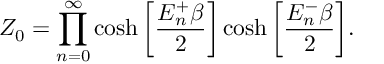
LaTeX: Z _ { 0 } = \prod _ { n = 0 } ^ { \infty } \cosh \bigg [ \frac { E _ { n } ^ { + } \beta } { 2 } \bigg ] \cosh \bigg [ \frac { E _ { n } ^ { - } \beta } { 2 } \bigg ] .